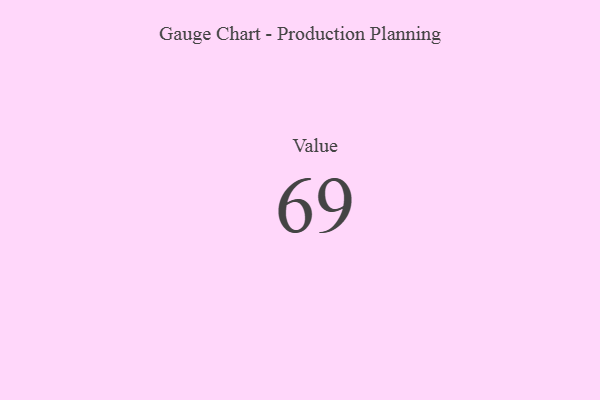
{"axis": {"x": "Metric", "y": "Value"}, "legend": [""], "data": [{"x": "Value", "y": 69, "type": ""}]}